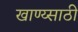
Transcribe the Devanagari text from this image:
खाण्य्साठी